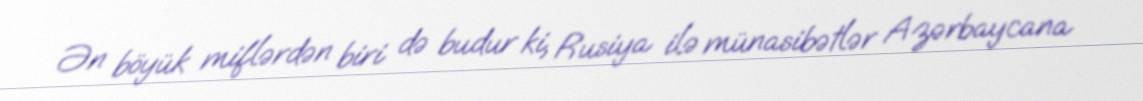
Ən böyük miflərdən biri də budur ki, Rusiya ilə münasibətlər Azərbaycana